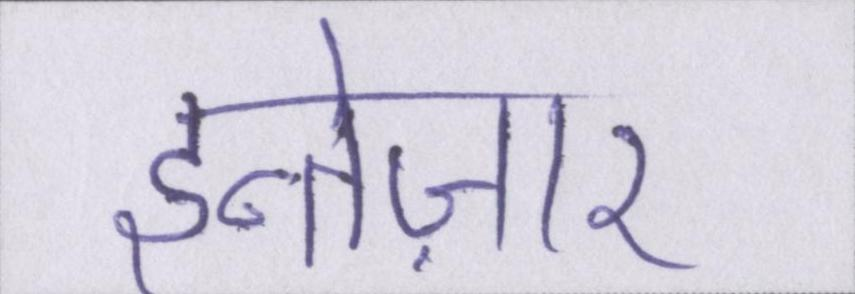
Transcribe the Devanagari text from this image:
इन्तेज़ार